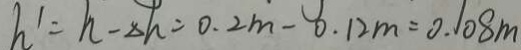
h ^ { \prime } = h - \Delta h = 0 . 2 m - 0 . 1 2 m = 0 . 1 0 8 m